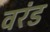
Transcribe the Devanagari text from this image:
वरंड